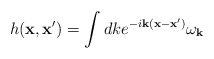
\begin{align*}h({\bf x},{\bf x}') = \int dk e^{-i{\bf k}({\bf x}-{\bf x}')} \omega_{\bf k}\end{align*}